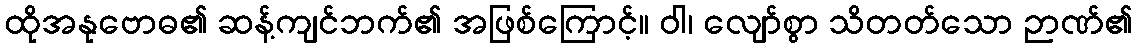
ထိုအနုဗောဓ၏ ဆန့်ကျင်ဘက်၏ အဖြစ်ကြောင့်။ ဝါ၊ လျော်စွာ သိတတ်သော ဉာဏ်၏